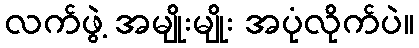
လက်ဖွဲ့ အမျိုးမျိုး အပုံလိုက်ပဲ။